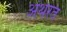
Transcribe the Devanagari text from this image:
अंथरत